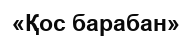
«Қос барабан»